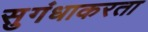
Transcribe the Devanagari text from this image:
सुगंधाकरता